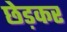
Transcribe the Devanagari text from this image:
छेड़कर